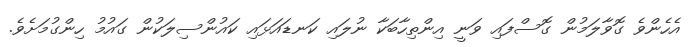
އެހެންވެ ގޮވާލަމުން ގޮސްފައި ވަނީ އިންތިހާބަކާ ނުލައި ކަނޑައަޅައި ކައުންސިލަކުން ގައުމު ހިންގުމަށެވެ.